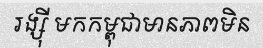
រង្ស៊ី មកកម្ពុជាមានភាពមិន